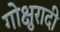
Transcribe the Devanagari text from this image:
गोक्षुरादी